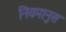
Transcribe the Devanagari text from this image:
नियमानुस